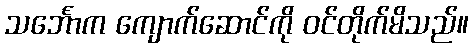
သင်္ဘောက ကျောက်ဆောင်ကို ဝင်တိုက်မိသည်။